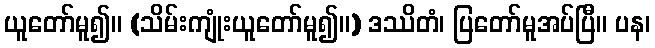
ယူတော်မူ၍။ (သိမ်းကျုံးယူတော်မူ၍။) ဒဿိတံ၊ ပြတော်မူအပ်ပြီ။ ပန၊